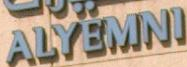
ALYEMNI